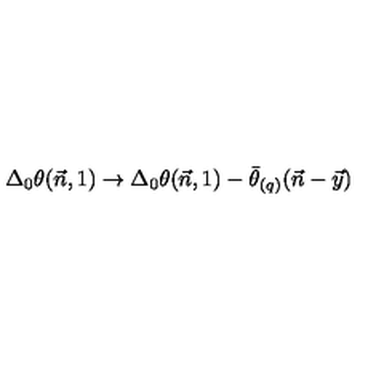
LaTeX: \Delta _ { 0 } \theta ( \vec { n } , 1 ) \to \Delta _ { 0 } \theta ( \vec { n } , 1 ) - \bar { \theta } _ { ( q ) } ( \vec { n } - \vec { y } )